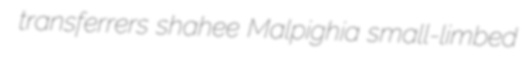
transferrers shahee Malpighia small-limbed